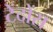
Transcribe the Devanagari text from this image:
टेंदोंस